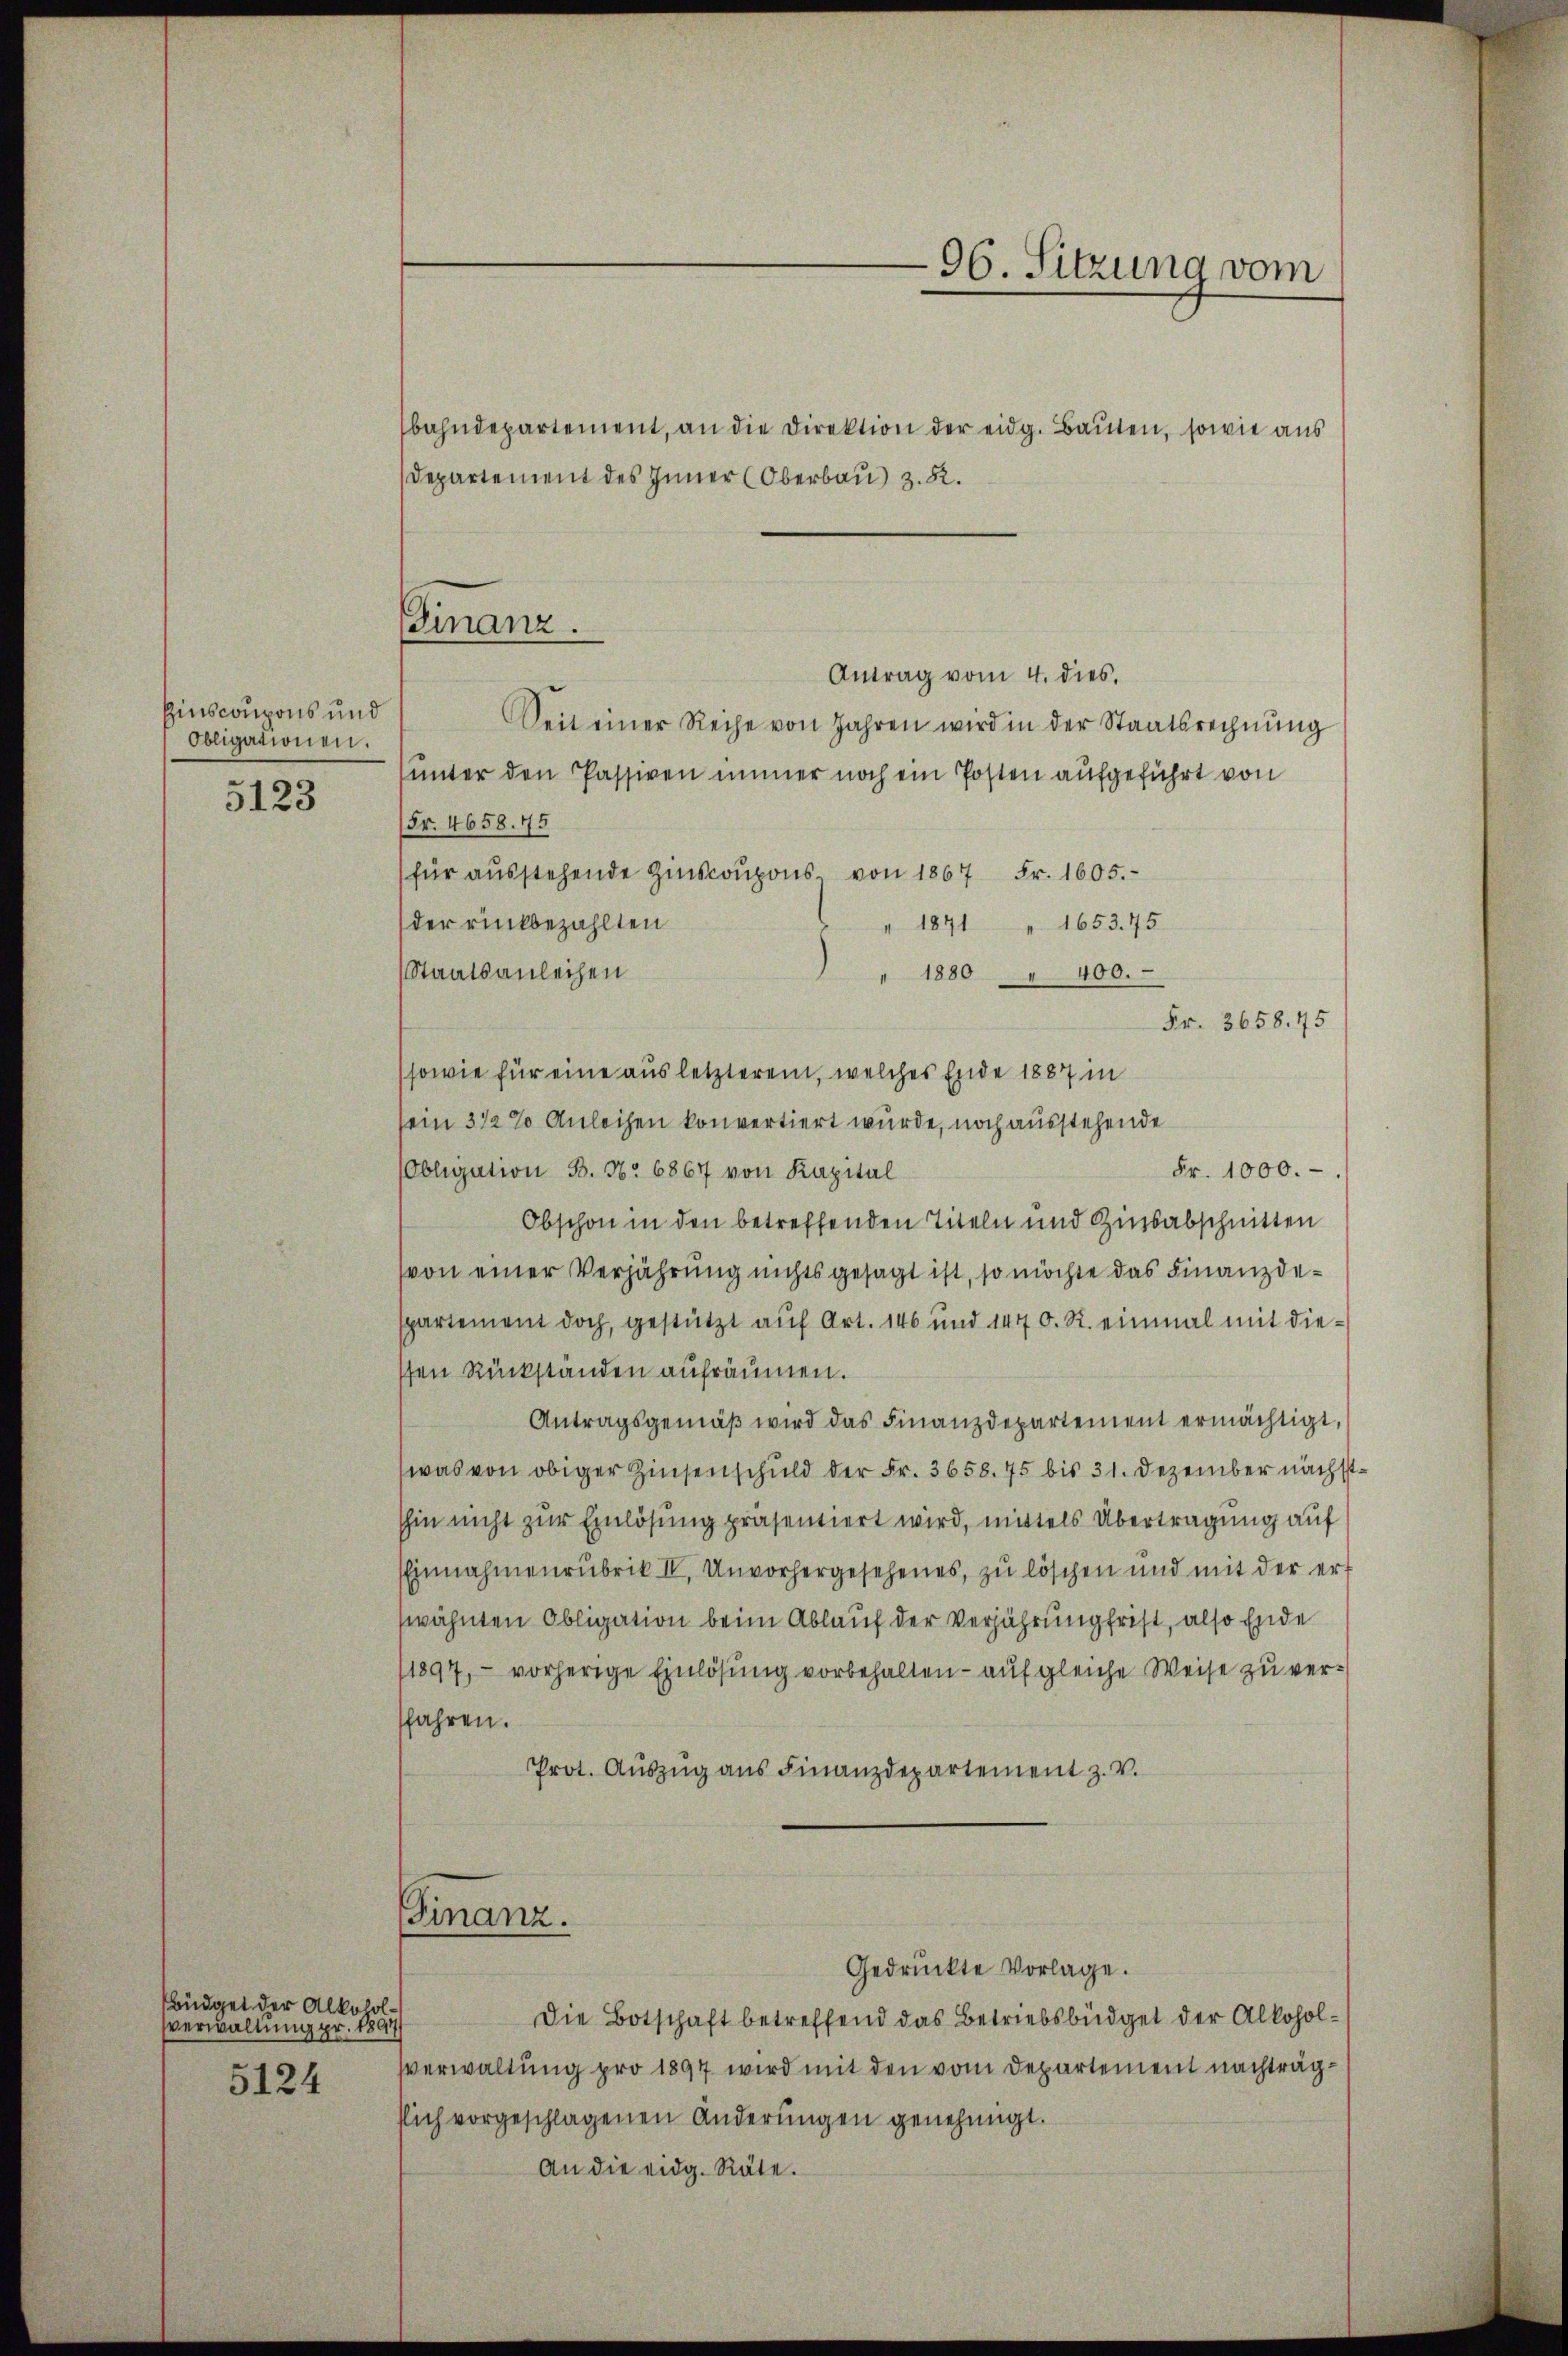
Einscoupons und
Obligationen.
5123

büdget der Alkoholverwaltung pr. 180
5124

96. Sitzung vom
bahndepartement, an die Direktion der eidg. Bauten, sowie aus
Departement des Inner (Oberbau) z. R.

Finanz.

Finanz.

Antrag vom 4. dies.
Seit einer Reihe von Jahren wird in der Staatsrechnung
unter den Passiven immer noch ein Posten aufgeführt von
Fr. 4658. 45
für ausstehende Zinskoupons von 1867 Fr. 1605.
1653. 75
der rükbezahlten
" 1871
Staatsanleihen
" 1880 " 400.
sowie für eine aus letzterem, welches Ende 1887 in
sein 3 1/2 % Anleihen konvertiert wurde, noch ausstehende
Obligation B. No 6867 von Kapital
Obschon in den betreffenden Titeln und Zinsabschnitten
von einer Verjährung nichts gesagt ist, so möchte das Finanzdepartement doch, gestützt auf Art. 146 und 1470. R. einmal mit diesten Rückständen aufräumen.
Antragsgemäβ wird das Finanzdepartement ermächtigt,
was von obiger Zinsenschuld der Fr. 3658. 75 bis 31. Dezember nächsthin nicht zur Einlösung präsentiert wird, mittels Übertragung auf
Einnahmenrubrik II, Unvorhergesehenes, zu löschen und mit der ert
wähnten Obligation beim Ablauf der Verjährung frist, also Ende
11897, - vorherige Einlösung vorbehalten - auf gleiche Weise zu verfahren.
Prot. Aŭszŭg ans Finanzdepartement z. v.

Gedrückte Vorlage.

Die Botschaft betreffend das Betriebsbüdget der Alkoholsverwaltung pro 1897 wird mit den vom Departement nachträgsich vorgeschlagenen Änderungen genehmigt.
An die eidg. Räte.

Fr. 3658. 45
Fr. 1000.